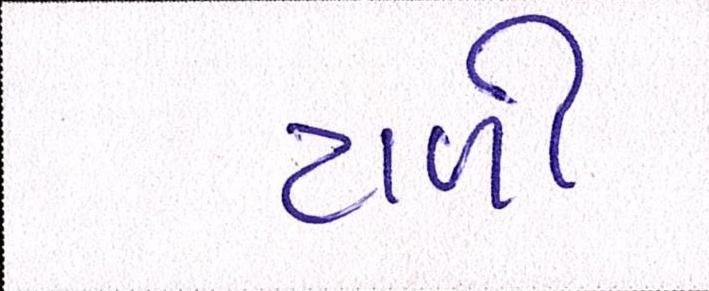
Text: ટાળી